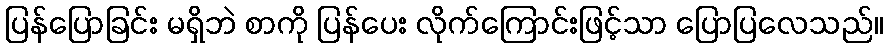
ပြန်ပြောခြင်း မရှိဘဲ စာကို ပြန်ပေး လိုက်ကြောင်းဖြင့်သာ ပြောပြလေသည်။